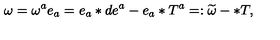
\omega = \omega ^ { a } e _ { a } = e _ { a } \ast d e ^ { a } - e _ { a } \ast T ^ { a } = : \widetilde { \omega } - \ast T ,